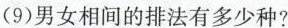
(9)男女相间的排法有多少种?